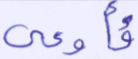
فأوعى